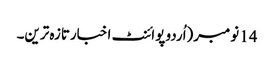
14 نومبر(اُردو پوائنٹ اخبارتازہ ترین۔